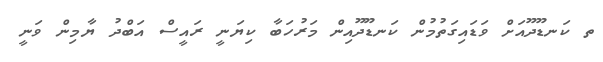
ތ ކަނޑޫދޫއަށް ވަޑައިގަތުމުން ކަނޑޫދޫއިން މަރުހަބާ ކިޔަނީ ރައީސް އަބްދު ޔާމިން ވަނީ